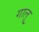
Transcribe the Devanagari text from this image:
गालू